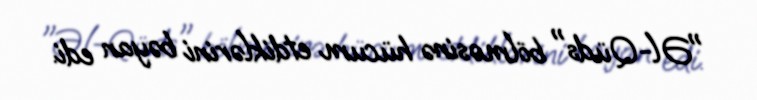
"Əl-Qüds" bölməsinə hücum etdiklərini bəyan edi.